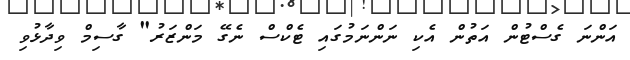
އަންނަ ގެސްޓުން އަތުން އެކި ނަންނަމުގައި ޓެކްސް ނެގޭ މަންޒަރު" ގާސިމް ވިދާޅުވި